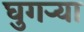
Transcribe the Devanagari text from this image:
घुगऱ्या